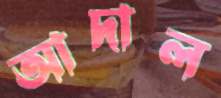
আদাল